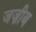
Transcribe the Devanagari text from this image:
जज़ीब